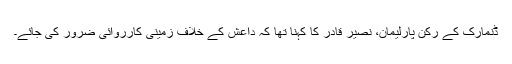
ڈنمارک کے رکن پارلیمان، نصیر قادر کا کہنا تھا کہ داعش کے خلاف زمینی کارروائی ضرور کی جائے۔